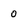
Character: 0